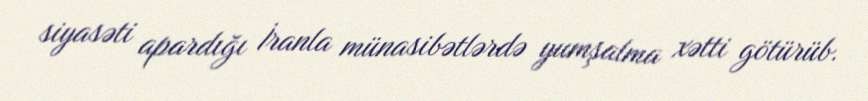
siyasəti apardığı İranla münasibətlərdə yumşalma xətti götürüb.